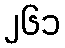
၂၆၁